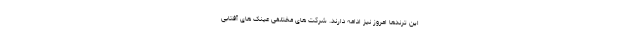
این ترندها امروز نیز ادامه دارند. شرکت های مختلفی عینک های آفتابی